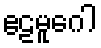
ဧဠမူဂေါ